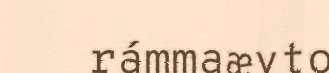
rámmaævto